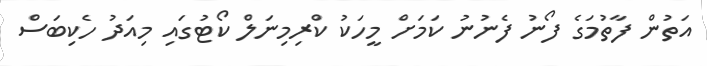
އަތުން ފާތުމަގެ ފޯނު ފެނުނު ކަމަށް މީހަކު ކްރިމިނަލް ކޯޓުގައި މިއަދު ހެކިބަސް